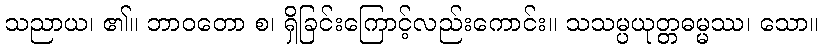
သညာယ၊ ၏။ ဘာဝတော စ၊ ရှိခြင်းကြောင့်လည်းကောင်း။ သသမ္ပယုတ္တဓမ္မဿ၊ သော။